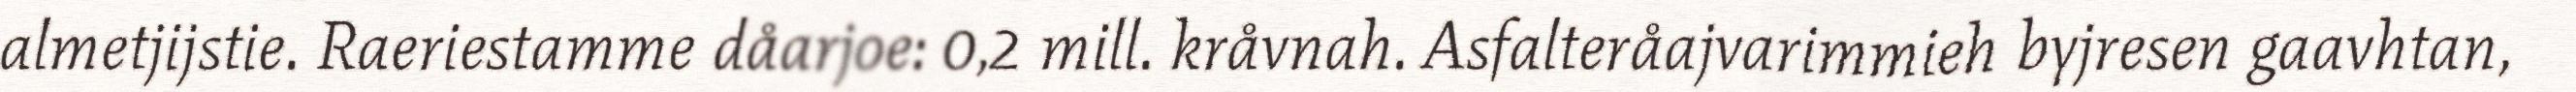
almetjijstie. Raeriestamme dåarjoe: 0,2 mill. kråvnah. Asfalteråajvarimmieh byjresen gaavhtan,